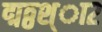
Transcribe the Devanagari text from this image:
द्मठ्ठश्ा२